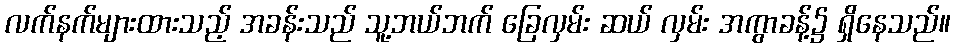
လက်နက်များထားသည့် အခန်းသည် သူ့ဘယ်ဘက် ခြေလှမ်း ဆယ် လှမ်း အကွာခန့်၌ ရှိနေသည်။